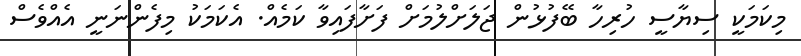
މިކަމަކީ ސިޔާސީ ހުރިހާ ބޭފުޅުން ޖަލަށްލުމަށް ފަށާފައިވާ ކަމެއް. އެކަމަކު މިފެންނަނީ އެއްވެސް